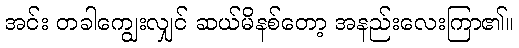
အင်း တခါကျွေးလျှင် ဆယ်မိနစ်တော့ အနည်းလေးကြာ၏။